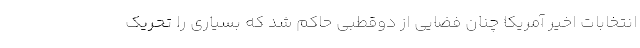
انتخابات اخیر آمریکا چنان فضایی از دوقطبی حاکم شد که بسیاری را تحریک